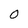
Character: 0